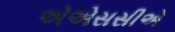
એએસસીએ